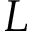
{ L }